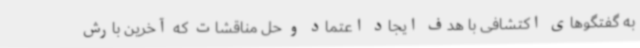
به گفتگوهای اکتشافی با هدف ایجاد اعتماد و حل مناقشات که آخرین بارش